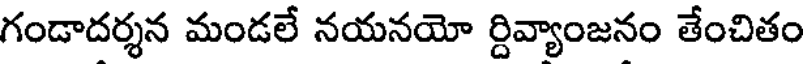
గండాదర్శన మండలే నయనయో ర్దివ్యాంజనం తేంచితం